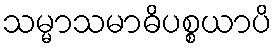
သမ္မာသမာဓိပစ္စယာပိ